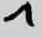
Text: 7